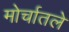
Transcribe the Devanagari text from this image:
मोर्चातले